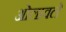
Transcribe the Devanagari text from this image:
ओलावले